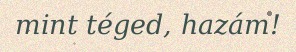
mint téged, hazám!